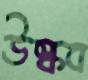
উস্‌কব